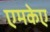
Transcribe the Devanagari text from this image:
एमकेए